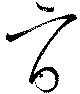
旨